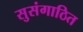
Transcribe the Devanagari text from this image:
सुसंगाठित